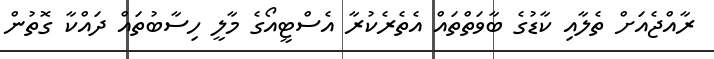
ރާއްޖެއަށް ތެލާއި ކާޑުގެ ބާވަތްތައް އެތެރެކުރާ އެސްޓީއޯގެ މާލީ ހިސާބުތައް ދައްކާ ގޮތުން